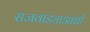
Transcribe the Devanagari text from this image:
राजवाड्याआधी